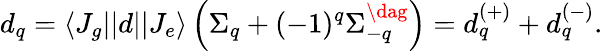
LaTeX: d_{q}=\langle J_{g}||d||J_{e}\rangle\left(\Sigma_{q}+(-1)^{q}\Sigma_{-q}^{\dag}\right)=d_{q}^{(+)}+d_{q}^{(-)}.